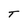
Character: T